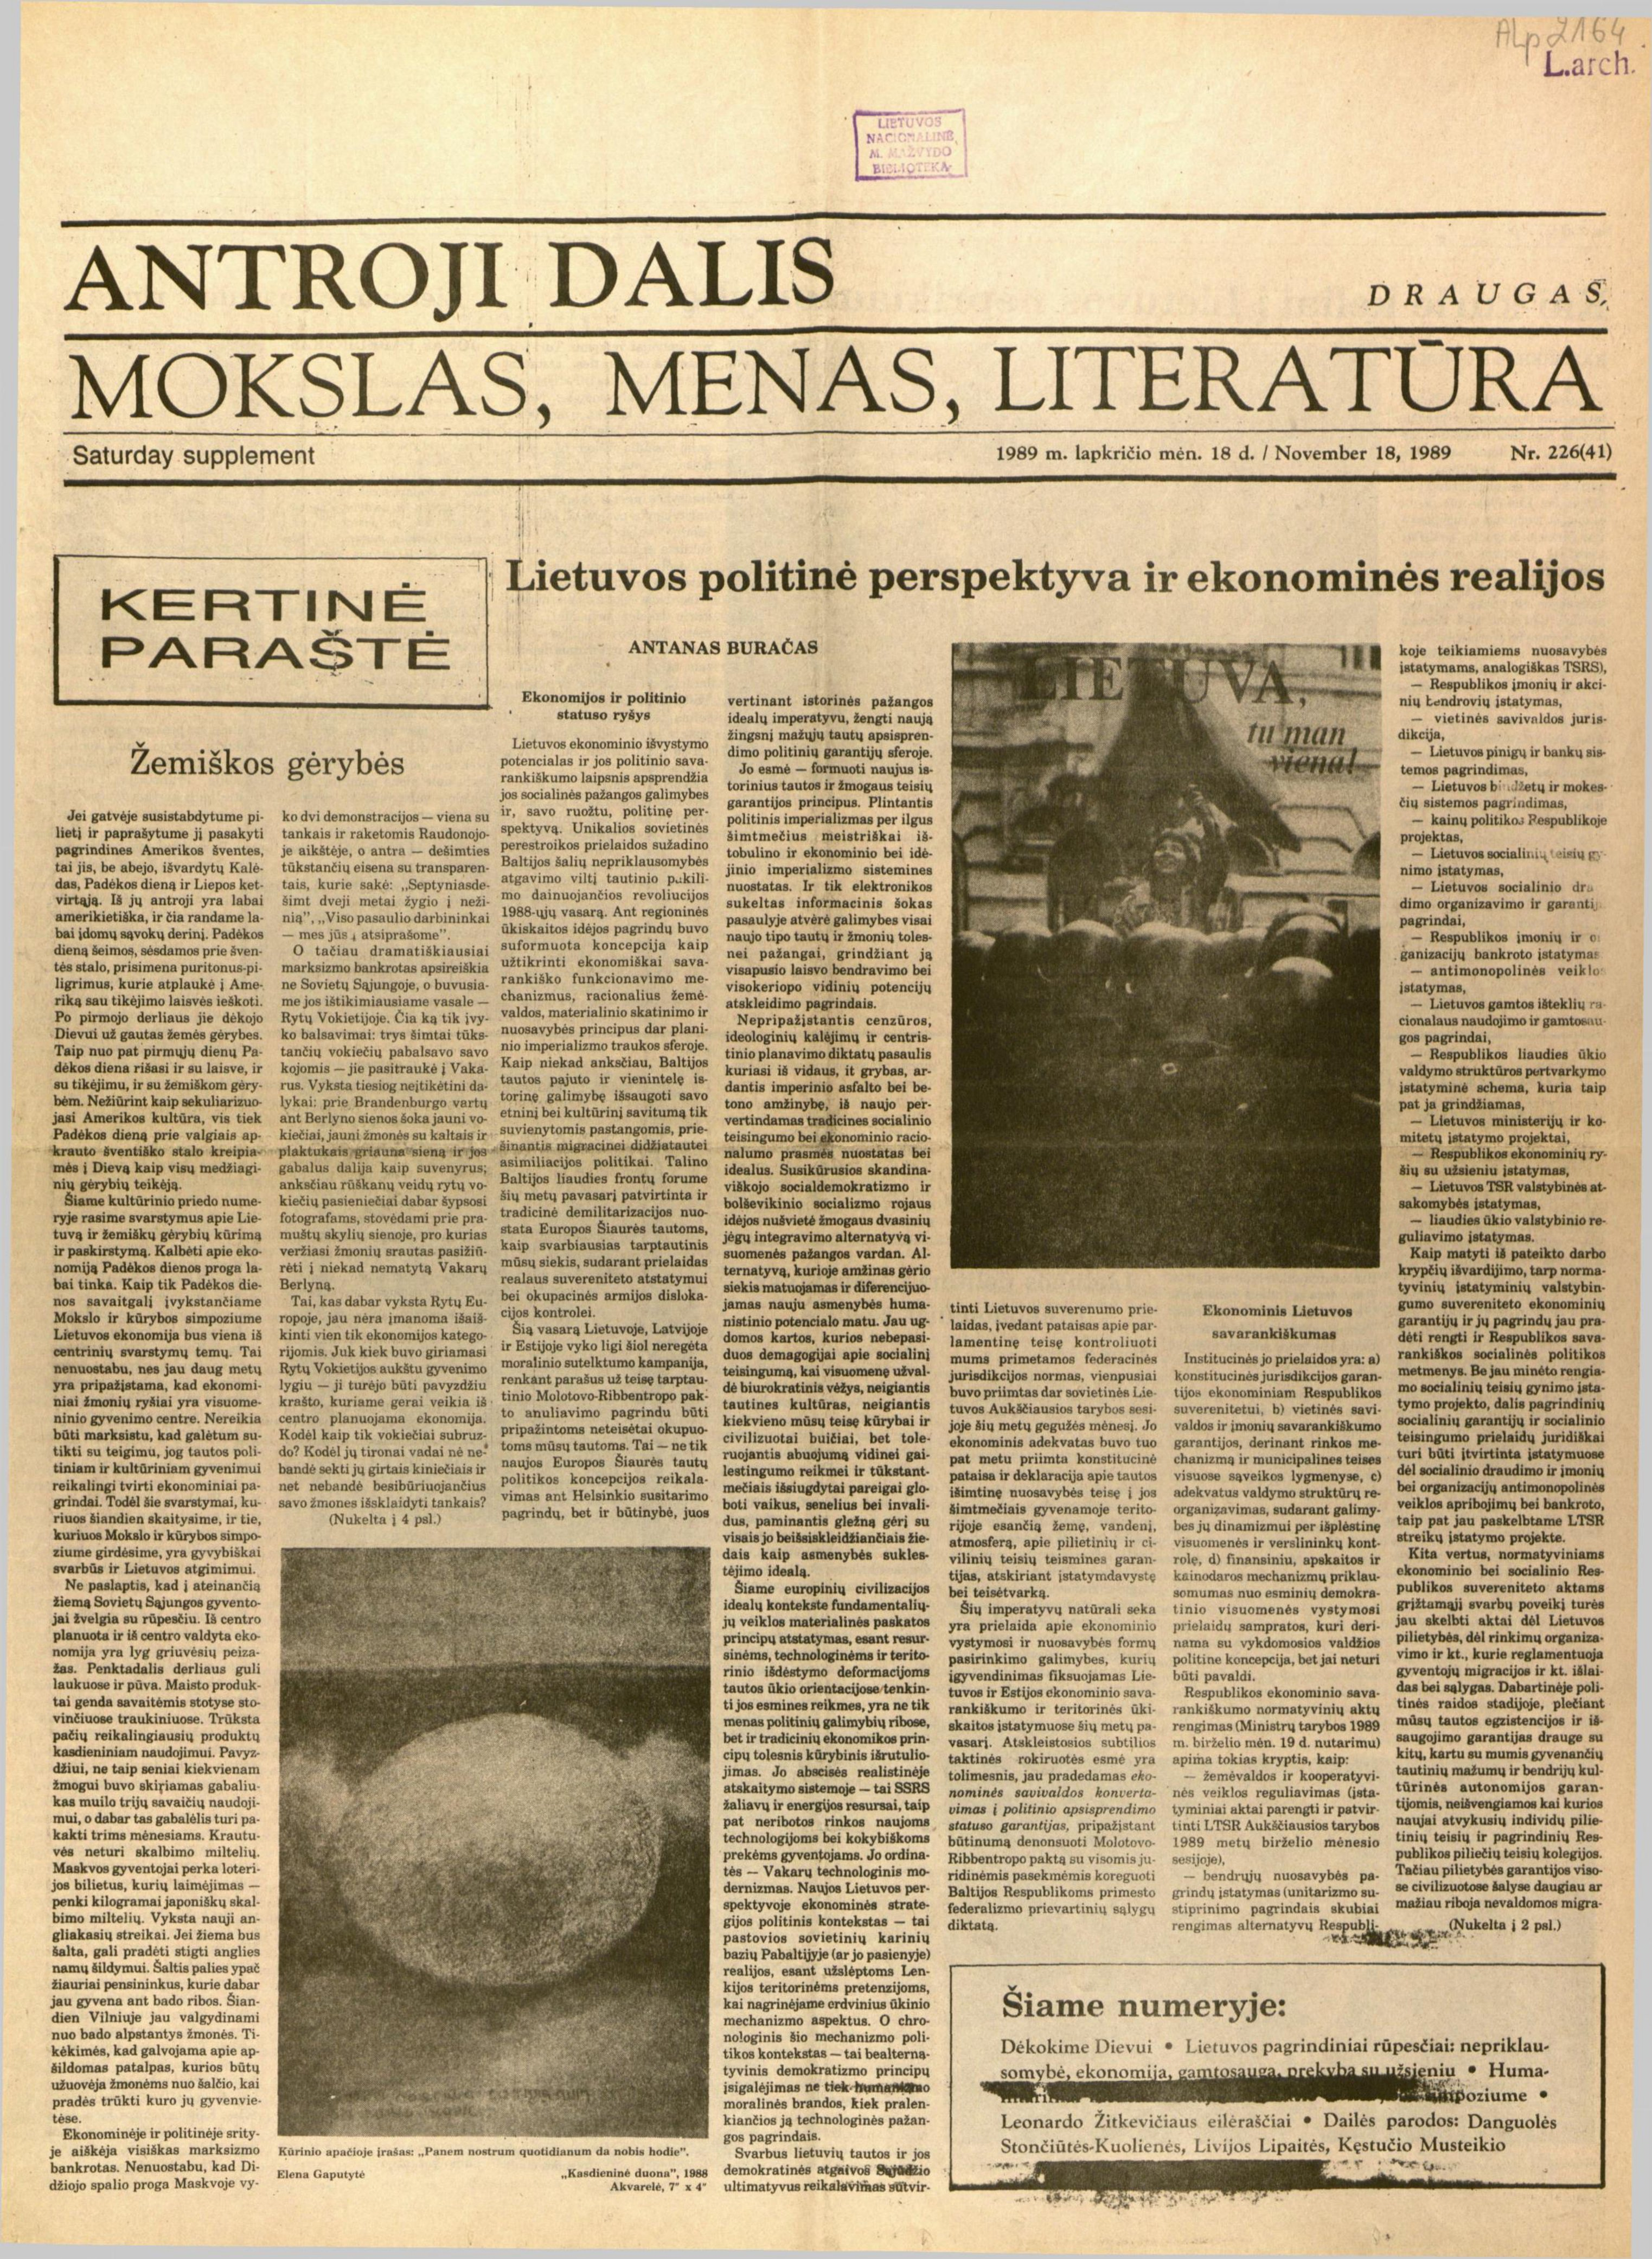
Language: lt